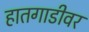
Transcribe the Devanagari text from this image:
हातगाडीवर